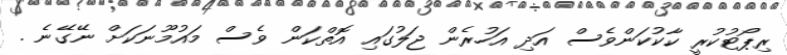
ރިޕޯޓުކުރީ ކާކުކަންވެސް އަދި އަހުރެން ޖަލުގައި އޮތްކަން ވެސް މައުމޫނަކަށް ނޭގޭނެ .